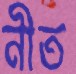
নীত